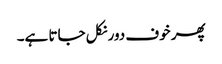
پھر خوف دور نکل جاتا ہے۔